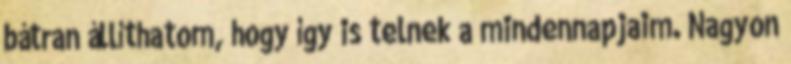
bátran állíthatom, hogy így is telnek a mindennapjaim. Nagyon